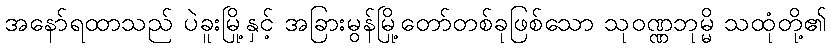
အနော်ရထာသည် ပဲခူးမြို့နှင့် အခြားမွန်မြို့တော်တစ်ခုဖြစ်သော သုဝဏ္ဏဘုမ္မိ သထုံတို့၏